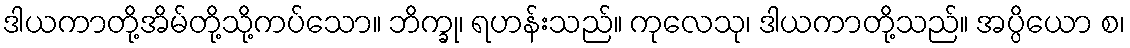
ဒါယကာတို့အိမ်တို့သို့ကပ်သော။ ဘိက္ခု၊ ရဟန်းသည်။ ကုလေသု၊ ဒါယကာတို့သည်။ အပ္ပိယော စ၊